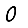
Digit: 0